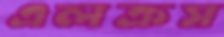
এলক্রস